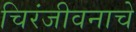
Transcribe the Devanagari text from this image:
चिरंजीवनाचे